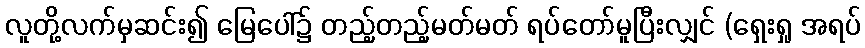
လူတို့လက်မှဆင်း၍ မြေပေါ်၌ တည့်တည့်မတ်မတ် ရပ်တော်မူပြီးလျှင် (ရှေးရှု အရပ်